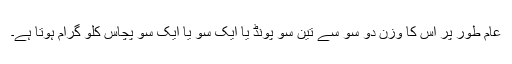
عام طور پر اس کا وزن دو سو سے تین سو پونڈ یا ایک سو یا ایک سو پچاس کلو گرام ہوتا ہے۔